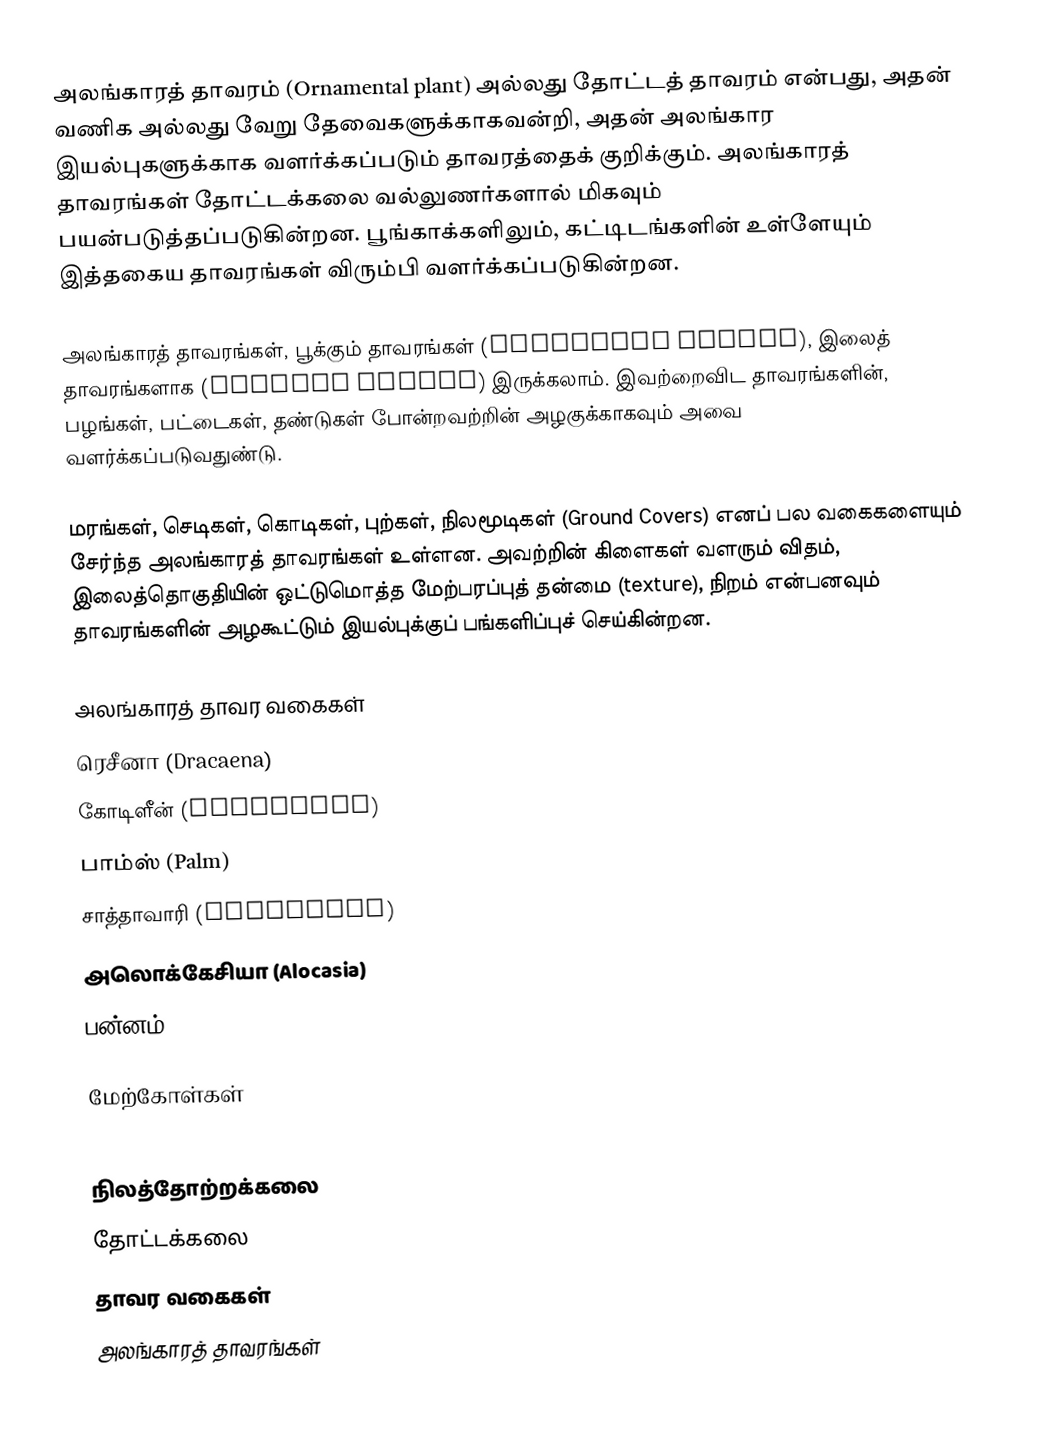
அலங்காரத் தாவரம் (Ornamental plant) அல்லது தோட்டத் தாவரம் என்பது, அதன் வணிக அல்லது வேறு தேவைகளுக்காகவன்றி, அதன் அலங்கார இயல்புகளுக்காக வளர்க்கப்படும் தாவரத்தைக் குறிக்கும். அலங்காரத் தாவரங்கள் தோட்டக்கலை வல்லுணர்களால் மிகவும் பயன்படுத்தப்படுகின்றன. பூங்காக்களிலும், கட்டிடங்களின் உள்ளேயும் இத்தகைய தாவரங்கள் விரும்பி வளர்க்கப்படுகின்றன.

அலங்காரத் தாவரங்கள், பூக்கும் தாவரங்கள் (flowering plants), இலைத் தாவரங்களாக (foliage plants) இருக்கலாம். இவற்றைவிட தாவரங்களின், பழங்கள், பட்டைகள், தண்டுகள் போன்றவற்றின் அழகுக்காகவும் அவை வளர்க்கப்படுவதுண்டு.

மரங்கள், செடிகள், கொடிகள், புற்கள், நிலமூடிகள் (Ground Covers) எனப் பல வகைகளையும் சேர்ந்த அலங்காரத் தாவரங்கள் உள்ளன. அவற்றின் கிளைகள் வளரும் விதம், இலைத்தொகுதியின் ஒட்டுமொத்த மேற்பரப்புத் தன்மை (texture), நிறம் என்பனவும் தாவரங்களின் அழகூட்டும் இயல்புக்குப் பங்களிப்புச் செய்கின்றன.

அலங்காரத் தாவர வகைகள்
 ரெசீனா (Dracaena)
 கோடிளீன் (Cordyline)
 பாம்ஸ் (Palm)
 சாத்தாவாரி (Asparagas)
 அலொக்கேசியா (Alocasia)
 பன்னம் (fern)

மேற்கோள்கள்

நிலத்தோற்றக்கலை
தோட்டக்கலை
தாவர வகைகள்
அலங்காரத் தாவரங்கள்